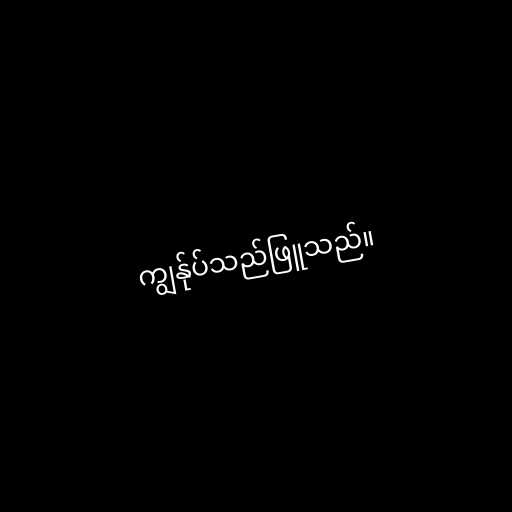
ကျွန်ုပ်သည်ဖြူသည်။